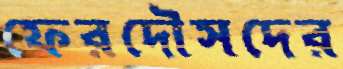
ফেরদৌসদের